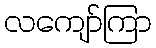
လကျော်ကြာ